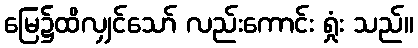
မြေ၌ထိလျှင်သော် လည်းကောင်း ရှုံး သည်။